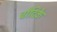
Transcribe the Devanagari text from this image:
चाँदिके